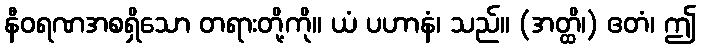
နီဝရဏအစရှိသော တရားတို့ကို။ ယံ ပဟာနံ၊ သည်။ (အတ္ထိ၊) ဧတံ၊ ဤ